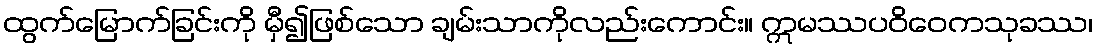
ထွက်မြောက်ခြင်းကို မှီ၍ဖြစ်သော ချမ်းသာကိုလည်းကောင်း။ ဣမဿပဝိဝေကသုခဿ၊